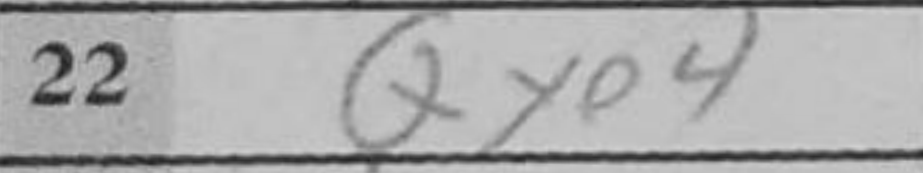
Transcription: Qxe4